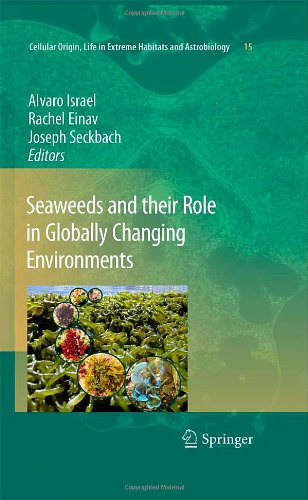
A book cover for Seaweeds and their Role in Globally Changing Environments (Cellular Origin, Life in Extreme Habitats and Astrobiology); Science & Math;